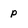
Character: p